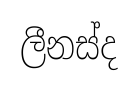
ලීනස්ද